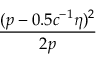
\frac { ( p - 0 . 5 c ^ { - 1 } \eta ) ^ { 2 } } { 2 p }